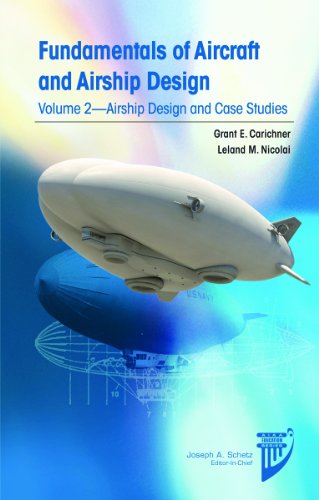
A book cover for Fundamentals of Aircraft and Airship Design: Airship Design and Case Studies (Aiaa Education Series); Grant E. Carichner; Arts & Photography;